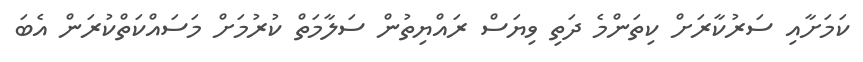
ކަމަށާއި ސަރުކާރަށް ކިތަންމެ ދަތި ވިޔަސް ރައްޔިތުން ސަލާމަތް ކުރުމަށް މަސައްކަތްކުރަން އެބަ